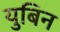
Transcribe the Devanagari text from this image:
युबिन